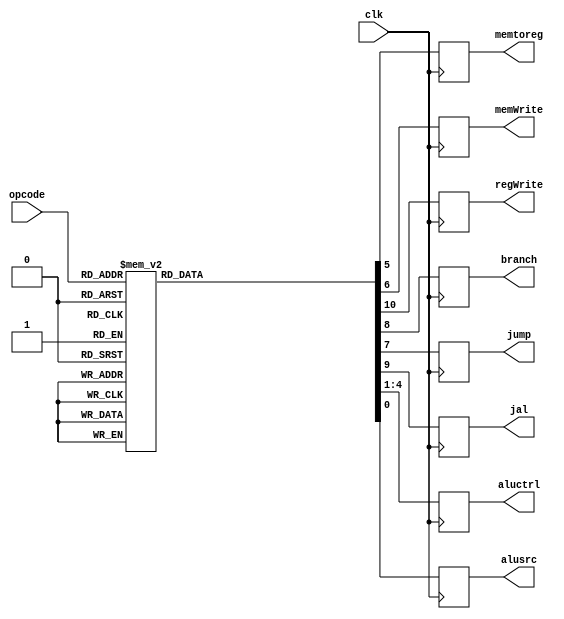
`timescale 1ns / 1ps
//////////////////////////////////////////////////////////////////////////////////
// Company: 
// Engineer: 
// 
// Design Name: 
// Module Name:    controller 
// Project Name: 
// Target Devices: 
// Tool versions: 
// Description: 
//
// Dependencies: 
//
// Revision: 
// Revision 0.01 - File Created
// Additional Comments: 
//
//////////////////////////////////////////////////////////////////////////////////
module controller(
    input [5:0] opcode,
	 input clk,
    output reg [3:0] aluctrl,
    output reg alusrc,
    output reg memtoreg,
    output reg memWrite,
    output reg regWrite,
	 output reg branch,
	 output reg jump,
	 
	 // New Update: 3/9/2016
	 output reg jal
    );

reg [3:0] ctrl;
reg src;
reg M2R;
reg memW;
reg regW;
reg j;
reg br;
// New Update: 3/9/2016
reg jAndLink;

// Functions include:    0000    add
//						 0001    subtract
//						 0010	 bitwise AND
//						 0011	 bitwise OR
//                       0100    bitwise XOR
//						 0101	 bitwise XNOR
//    				 	 0110    compare
//                       0111    greater than(GT)
//                       1000    equal or greater than(GE)
//						 1001	 logical left shift <<   /*************Modified**************/ logical: add zeros
//                       1010    logical right shift >> /*************Modified**************/ 
//                       1011    substring comparison
//                       1100    shift-then-compare	
always @(*) begin
    ctrl = 4'b0000;
	 src = 1'b0;
	 memW = 1'b0;
	 regW = 1'b0;
	 M2R = 1'b0;
	 j = 1'b0;
	 br = 1'b0;
	 // New Update: 3/9/2016
	 jAndLink = 1'b0;
	 case(opcode)
	     6'b00_0000: begin    //0. NOOP (add R0 R0 R0)
				regW = 1'b1;
		  end
//		  6'b00_0001: begin   //1.  STORE Rb, (Ra)
//				src = 1'b1;
//				memW = 1'b1;
//				M2R = 1'bX;
//		  end
//		  6'b00_0010: begin   //2.  STORE Rb, #i
//				src = 1'b1;
//				memW = 1'b1;
//				M2R = 1'bX;
//		  end
        6'b00_0011: begin   //3.  STORE Rb, #i(Ra)
				src = 1'b1;
				memW = 1'b1;
				M2R = 1'bX;
		  end
//		  6'b00_0100: begin   //4.  LOAD Rd, (Ra)
//				src = 1'b1;
//				regW = 1'b1;
//				M2R = 1'b1;
//		  end
//		  6'b00_0101: begin   //5.  LOAD Rd, #i
//				src = 1'b1;
//				regW = 1'b1;
//				M2R = 1'b1;
//		  end
		  6'b00_0110: begin   //6.  LOAD Rd, #i(Ra)
				src = 1'b1;
				regW = 1'b1;
				M2R = 1'b1;
		  end
//		  6'b00_0111: begin   //7.  CMP Ra, Rb
//            
//		  end
		  6'b00_1000: begin   //8.  JMP Rb
            ctrl = 4'bXXXX;
				j = 1;
				br = 1'bX;
				//need to add other signals
				src = 1'bX;
				M2R = 1'bX;
		  end
		  6'b00_1001: begin   //9.  JC  Ra (I type)
            ctrl = 4'bXXXX;
				src = 1'bX;
				br = 1;
				M2R = 1'bX;
		  end
//		  6'b00_1010: begin   //10. JNE Ra
//        
//		  end
//		  6'b00_1011: begin   //11. JMP #i
 //       
//		  end
//		  6'b00_1100: begin   //12. JE  #i
 //       
//		  end
//		  6'b00_1101: begin   //13. JNE #i
 //       
//		  end
		  6'b00_1110: begin   //14. ADD Rd, Ra, Rb
				regW = 1'b1;
		  end
		  6'b00_1111: begin   //15. ADD Rd, Ra, #i
  				src = 1'b1;
				regW = 1'b1;
		  end
//		  6'b01_0000: begin   //16. MOVE Rd, Ra(ADD Rd, Ra, R0)
//				regW = 1'b1;
//		  end
		  6'b01_0001: begin   //17. SUB Rd, Ra, Rb
            ctrl = 4'b0001;
				regW = 1'b1;
		  end
		  6'b01_0010: begin   //18. SUB Rd, Ra, #i
            ctrl = 4'b0001;
				src = 1'b1;
				regW = 1'b1;
		  end
		  6'b01_0011: begin   //19. AND Rd, Ra, Rb
           ctrl = 4'b0010;
				regW = 1'b1;
		  end
		  6'b01_0100: begin   //20. OR Rd, Ra, Rb
            ctrl = 4'b0011;
				regW = 1'b1;
		  end
		  6'b01_0101: begin   //21. XOR Rd, Ra, Rb
	            ctrl = 4'b0100;
				regW = 1'b1;
		  end
//		  6'b01_0110: begin   //22. XNOR Rd, Ra, Rb
//            ctrl = 4'b0101;
//				regW = 1'b1;
//		  end
//		  6'b01_0111: begin   //23. LShift Rd, Ra, #shift
//            ctrl = 4'b1011;
//				src = 1'bX;
//				regW = 1'b1;
//		  end
		  6'b01_1000: begin   //24. RShift Rd, Ra, #shift
            ctrl = 4'b1100;
				src = 1'bX;
				regW = 1'b1;
		  end
		  6'b01_1001: begin   //25. AND Rd, Ra, #i
            ctrl = 4'b0010;
				src = 1'b1;
				regW = 1'b1;
		  end
		  6'b01_1010: begin   //26. OR Rd, Ra, #i
            ctrl = 4'b0011;
				src = 1'b1;
				regW = 1'b1;
		  end
		  6'b01_1011: begin   //27. XOR Rd, Ra, #i
            ctrl = 4'b0100;
				src = 1'b1;
				regW = 1'b1;
		  end
//		  6'b01_1100: begin   //28. XNOR Rd, Ra, #i
 ///           ctrl = 4'b0101;
//				src = 1'b1;
//				regW = 1'b1;
//		  end
		  6'b01_1101: begin   //29. SLT Rd, Ra, Rb
            ctrl = 4'b1001;
				regW = 1'b1;
		  end
//		  6'b01_1110: begin   //30. SLE Rd, Ra, Rb
 //           ctrl = 4'b1010;
//				regW = 1'b1;
//		  end
//		  6'b01_1111: begin   //31. SGT Rd, Ra, Rb
 //           ctrl = 4'b0111;
//				regW = 1'b1;
//		  end
//		  6'b10_0000: begin   //32. SGE Rd, Ra, Rb
 //           ctrl = 4'b1000;
//				regW = 1'b1;
//		  end
		  6'b10_0001: begin   //33. SEQ Rd, Ra, Rb
            ctrl = 4'b0110;
				regW = 1'b1;
		  end
		  6'b10_0010: begin   //34. SNE Rd, Ra, Rb
            ctrl = 4'b1101;
			regW = 1'b1;
		  end
		  
//		  6'b11_1010: begin   // BIT Rd, Ra, Rb; Usage: Rd = Ra[Rb];
//		    ctrl = 4'b1110;
//			regW = 1'b1;
//		  end
//		  6'b11_1001: begin   // EXPAND Rd, Ra, Rb; Usage: Rd = 64{Ra[Rb]};
//		    ctrl = 4'b1111;
//			regW = 1'b1;
//		  end
		  
		  6'b11_1011: begin   // JAL Ra (Rd should always be 14)
		    j = 1'b1;
		    jAndLink = 1'b1;
			regW = 1'b1;
			br = 1'bX;
			src = 1'bX;
			M2R = 1'bX;
		  end
		  
		  default: begin
		      ctrl = 4'bXXXX;
			  src = 1'bX;
			  memW = 1'bX;
			  regW = 1'bX;
			  M2R = 1'bX;
			  // New Update: 3/9/2016
			  j = 1'b0;
			  jAndLink = 1'b0;
			  br = 1'b0;
		  end
    endcase
end

always @(posedge clk) begin
	     aluctrl <= ctrl;
	     alusrc <= src;
	     memtoreg <= M2R;
	     memWrite <= memW;
	     regWrite <= regW;
		 jump <= j;
		 branch <= br;
		 
		 jal <= jAndLink;

end

endmodule